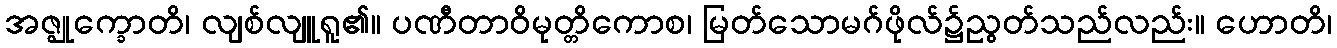
အဇ္ဈုက္ခောတိ၊ လျစ်လျူရူ၏။ ပဏီတာဝိမုတ္တိကောစ၊ မြတ်သောမဂ်ဖိုလ်၌ညွတ်သည်လည်း။ ဟောတိ၊